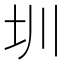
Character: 圳